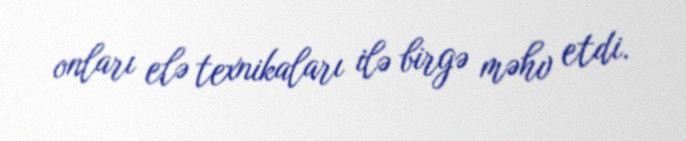
onları elə texnikaları ilə birgə məhv etdi.